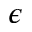
\epsilon